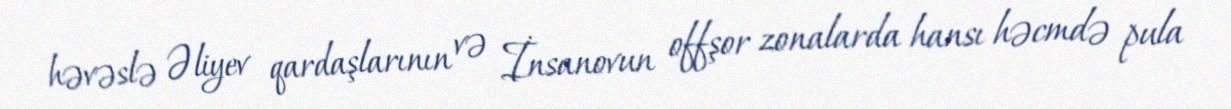
həvəslə Əliyev qardaşlarının və İnsanovun offşor zonalarda hansı həcmdə pula